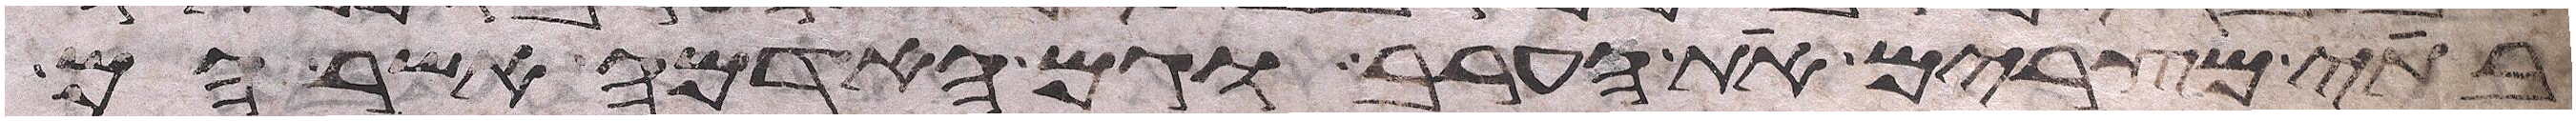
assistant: בתי מצרים את הערב וגם האדמה אשר הם